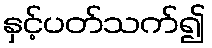
နှင့်ပတ်သက်၍